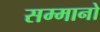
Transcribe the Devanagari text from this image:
सम्मानो